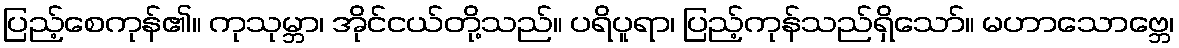
ပြည့်စေကုန်၏။ ကုသုမ္ဘာ၊ အိုင်ငယ်တို့သည်။ ပရိပူရာ၊ ပြည့်ကုန်သည်ရှိသော်။ မဟာသောဗ္ဘေ၊